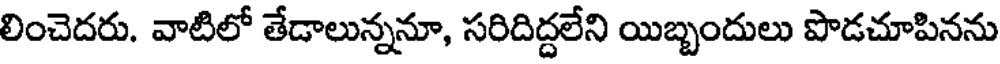
లించెదరు. వాటిలో తేడాలున్ననూ, సరిదిద్దలేని యిబ్బందులు పొడచూపినను